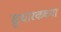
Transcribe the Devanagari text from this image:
सुधारकच्या